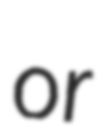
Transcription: or